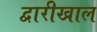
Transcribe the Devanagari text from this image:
द्वारीखाल